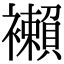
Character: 襰